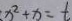
x ^ { 2 } + x = t